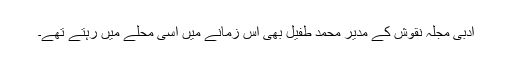
ادبی مجلہ نقوش کے مدیر محمد طفیل بھی اس زمانے میں اسی محلے میں رہتے تھے۔